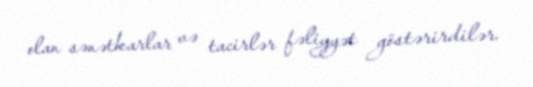
olan sənətkarlar və tacirlər fəliyyət göstərirdilər.